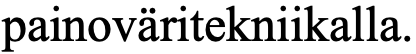
painoväritekniikalla.